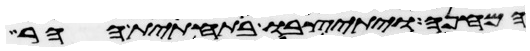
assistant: המחנה ויתיצבו בתחתית ההר